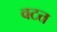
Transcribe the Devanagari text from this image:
वटत